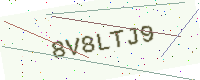
Text: 8V8LTJ9